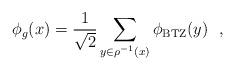
LaTeX: \begin{align*}\phi_g(x) = {1 \over {\sqrt{2}}}\sum_{y \in \rho^{-1} (x)} \phi_{\rm{BTZ}}(y) \ \ ,\end{align*}